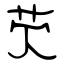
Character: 芡